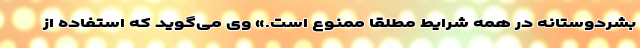
بشردوستانه در همه شرایط مطلقا ممنوع است.» وی می‌گوید که استفاده از